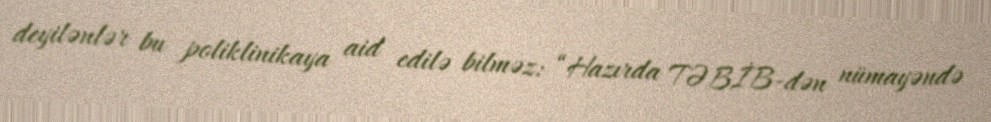
deyilənlər bu poliklinikaya aid edilə bilməz: “Hazırda TƏBİB-dən nümayəndə